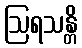
ဩရသန္တိ